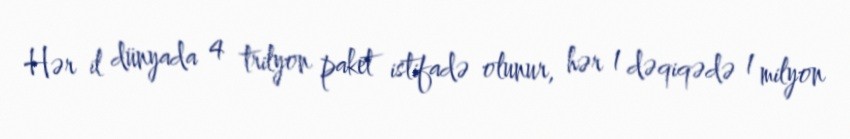
Hər il dünyada 4 trilyon paket istifadə olunur, hər 1 dəqiqədə 1 milyon